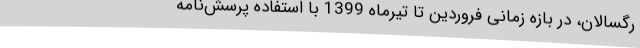
رگسالان، در بازه زمانی فروردین تا تیرماه 1399 با استفاده پرسش‌نامه